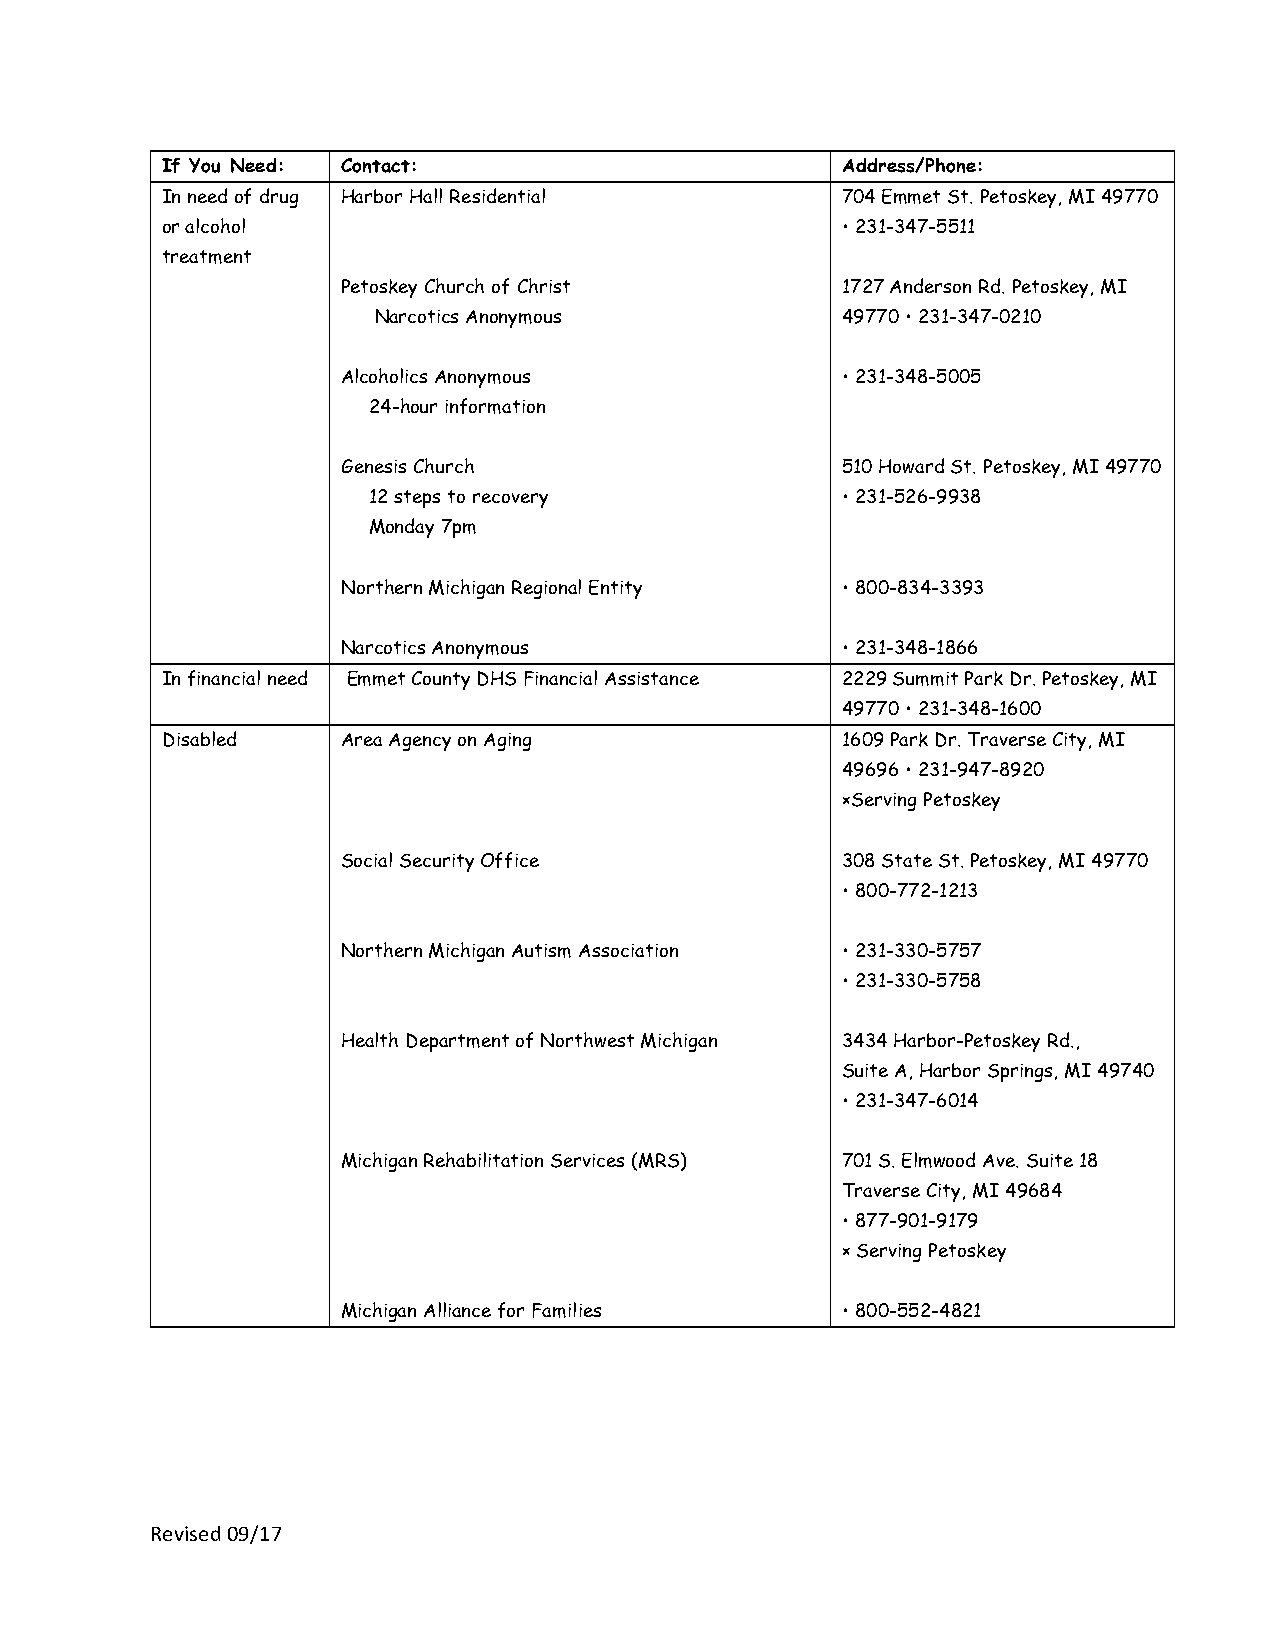
If You Need: Contact:                        Address/Phone:
 In need of drug Harbor Hall Residential      704 Emmet St. Petoskey, MI 49770
 or alcohol                                   • 231-347-5511
 treatment
 Petoskey Church of Christ        1727 Anderson Rd. Petoskey, MI
 Narcotics Anonymous            49770 • 231-347-0210
 Alcoholics Anonymous             • 231-348-5005
 24-hour information
 Genesis Church                   510 Howard St. Petoskey, MI 49770
 12 steps to recovery            • 231-526-9938
 Monday 7pm
 Northern Michigan Regional Entity • 800-834-3393
 Narcotics Anonymous              • 231-348-1866
 In financial need Emmet County DHS Financial Assistance 2229 Summit Park Dr. Petoskey, MI
 49770 • 231-348-1600
 Disabled    Area Agency on Aging             1609 Park Dr. Traverse City, MI
 49696 • 231-947-8920
 ×Serving Petoskey
 Social Security Office           308 State St. Petoskey, MI 49770
 • 800-772-1213
 Northern Michigan Autism Association • 231-330-5757
 • 231-330-5758
 Health Department of Northwest Michigan 3434 Harbor-Petoskey Rd.,
 Suite A, Harbor Springs, MI 49740
 • 231-347-6014
 Michigan Rehabilitation Services (MRS) 701 S. Elmwood Ave. Suite 18
 Traverse City, MI 49684
 • 877-901-9179
 × Serving Petoskey
 Michigan Alliance for Families   • 800-552-4821
 Revised 09/17